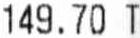
149.70 T